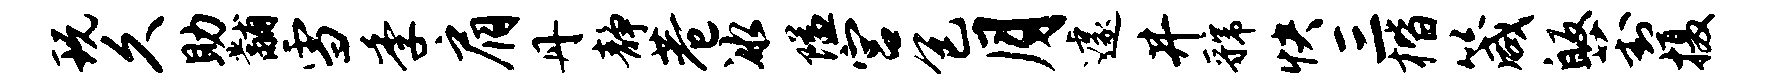
玩久助黼雪季肩丹静巷冰隘宫包月遽井虢快三楷箴皈葑摄